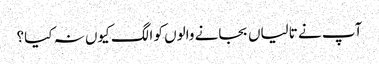
آپ نے تالیاں بجانے والوں کو الگ کیوں نہ کیا؟